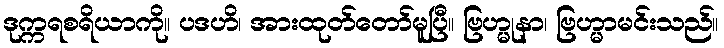
ဒုက္ကရစရိယာကို။ ပဒဟိ၊ အားထုတ်တော်မူပြီ။ ဗြဟ္မုနာ၊ ဗြဟ္မာမင်းသည်။